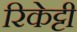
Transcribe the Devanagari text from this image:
रिकेट्टी